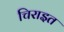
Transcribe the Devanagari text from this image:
चिराइत